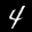
Digit: 4